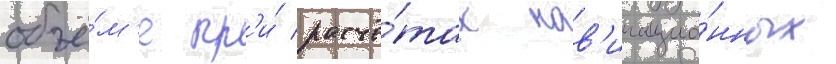
объё́м'е пр'и́ расчё́тах нав'игацио́нных